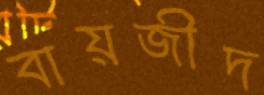
বায়জীদ